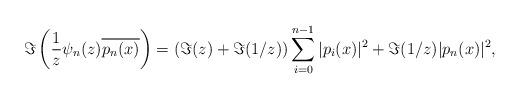
LaTeX: \begin{align*}\Im\left(\frac{1}{z}\psi_n(z)\overline{p_n(x)}\right)=(\Im(z)+\Im(1/z))\sum_{i=0}^{n-1}|p_i(x)|^2+\Im(1/z)|p_n(x)|^2,\end{align*}